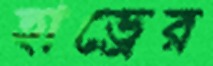
হাভ্রের